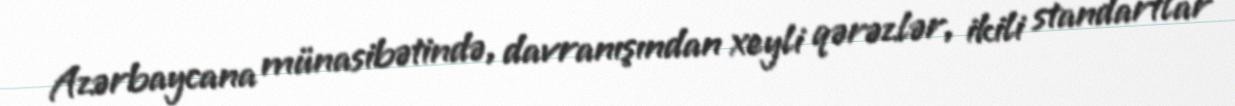
Azərbaycana münasibətində, davranışından xeyli qərəzlər, ikili standartlar